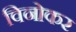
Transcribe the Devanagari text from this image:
विनोकर